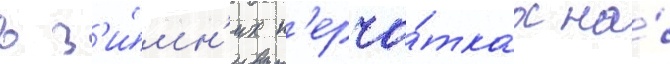
в з'и́мн'их п'ерча́тках на́